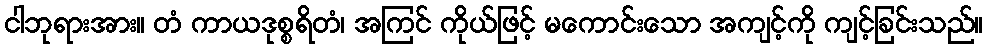
ငါဘုရားအား။ တံ ကာယဒုစ္စရိတံ၊ အကြင် ကိုယ်ဖြင့် မကောင်းသော အကျင့်ကို ကျင့်ခြင်းသည်။